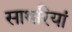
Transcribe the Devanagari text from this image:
साथरियां